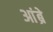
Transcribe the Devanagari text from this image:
आंब्रे